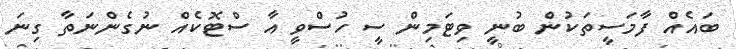
ބައެއް ފާމަސީތަކުން ބުނީ ވިޓަމިން ސީ ހުސްވީ އާ ސްޓޮކެއް ނުގެންނަތާ ގިނަ